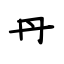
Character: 丹